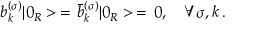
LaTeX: b _ { k } ^ { ( \sigma ) } | 0 _ { R } > \, = \, \bar { b } _ { k } ^ { ( \sigma ) } | 0 _ { R } > \, = \, 0 , \quad \forall \sigma , k \, { . }